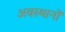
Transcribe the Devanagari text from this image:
अवस्थानों